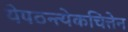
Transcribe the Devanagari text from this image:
येपठन्त्येकचित्तेन